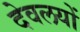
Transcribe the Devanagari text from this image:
देवलयों